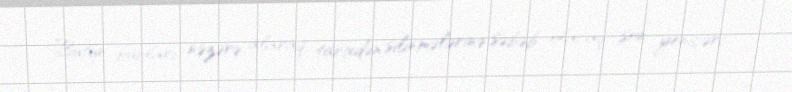
Bütün bunları nəzərə alaraq, tarixdən silinmələrinə səbəb olacaq son yeniçəri